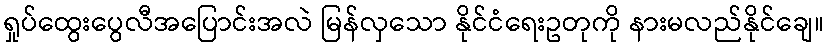
ရှုပ်ထွေးပွေလီအပြောင်းအလဲ မြန်လှသော နိုင်ငံရေးဥတုကို နားမလည်နိုင်ချေ။